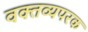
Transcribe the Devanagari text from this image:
वक्तव्यपरक